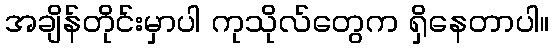
အချိန်တိုင်းမှာပါ ကုသိုလ်တွေက ရှိနေတာပါ။